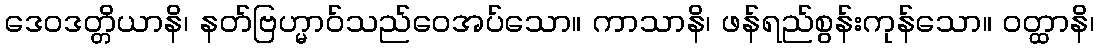
ဒေဝဒတ္တိယာနိ၊ နတ်ဗြဟ္မာဝ်သည်ဝေအပ်သော။ ကာသာနိ၊ ဖန်ရည်စွန်းကုန်သော။ ဝတ္ထာနိ၊